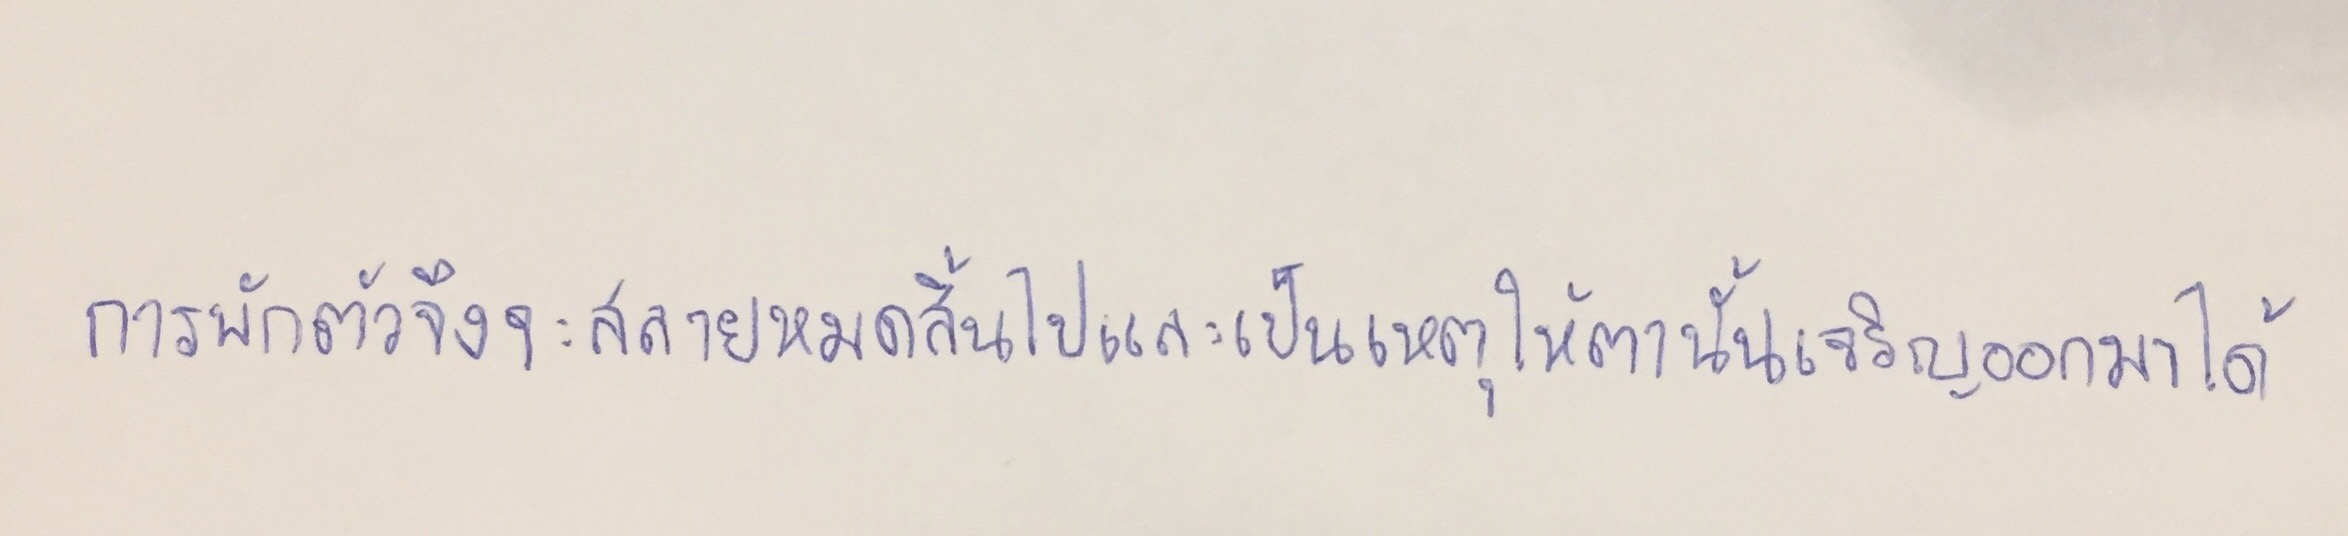
การพักตัวจึงจะสลายหมดสิ้นไปและเป็นเหตุให้ตานั้นเจริญออกมาได้